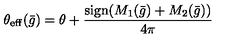
\theta _ { \mathrm { e f f } } ( { \bar { g } } ) = \theta + { \frac { \mathrm { s i g n } ( M _ { 1 } ( { \bar { g } } ) + M _ { 2 } ( { \bar { g } } ) ) } { 4 \pi } }